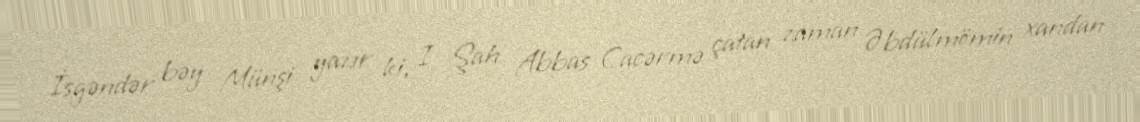
İsgəndər bəy Münşi yazır ki, I Şah Abbas Cacərmə çatan zaman Əbdülmömin xandan